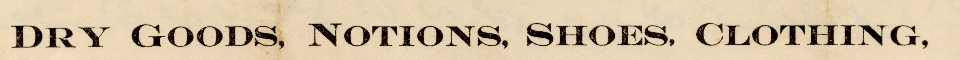
DRY GOODS, NOTIONS, SHOES, CLOTHING,